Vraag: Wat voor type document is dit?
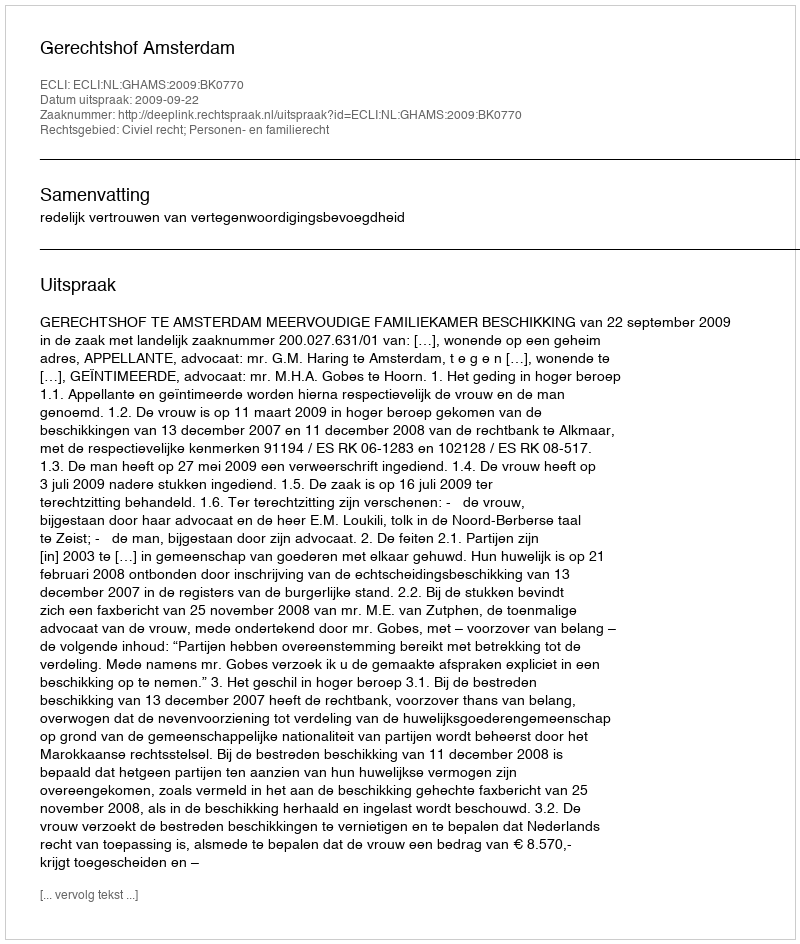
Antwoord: Uitspraak